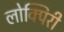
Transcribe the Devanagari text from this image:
लोक्पिरी